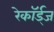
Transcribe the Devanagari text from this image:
रेकॉर्ड्‌ज